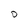
Character: D